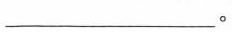
___。